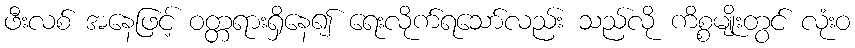
ဖီးလစ် အနေဖြင့် ဝတ္တရားရှိနေ၍ ရေးလိုက်ရသော်လည်း သည်လို ကိစ္စမျိုးတွင် လုံးဝ